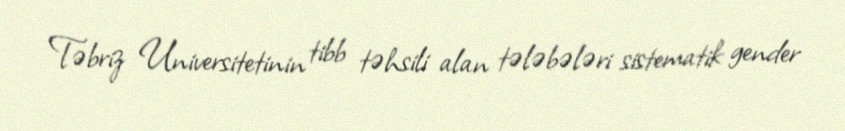
Təbriz Universitetinin tibb təhsili alan tələbələri sistematik gender